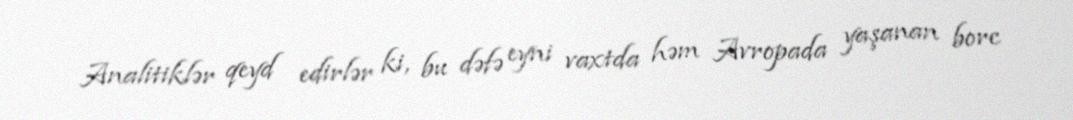
Analitiklər qeyd edirlər ki, bu dəfə eyni vaxtda həm Avropada yaşanan borc